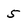
Character: 5